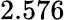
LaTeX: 2.576